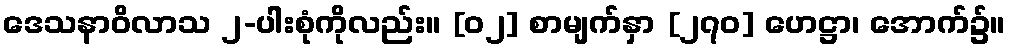
ဒေသနာဝိလာသ ၂-ပါးစုံကိုလည်း။ [၀၂] စာမျက်နှာ [၂၇၀] ဟေဋ္ဌာ၊ အောက်၌။